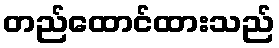
တည်ထောင်ထားသည်